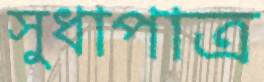
সুধাপাত্র